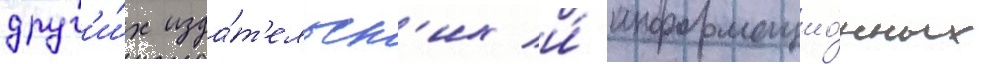
друг'и́х изда́т'ельск'их и́ информацио́нных